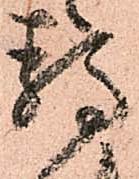
静